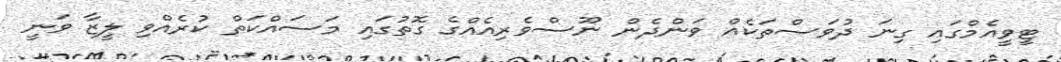
ޓީވީއެމްގައި ގިނަ ދުވަސްތަކެއް ވަންދެން ނޫސްވެރިއެއްގެ ގޮތުގައި މަސައްކަތް ކުރެއްވި ލީޒާ ވަނީ